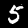
Digit: 5